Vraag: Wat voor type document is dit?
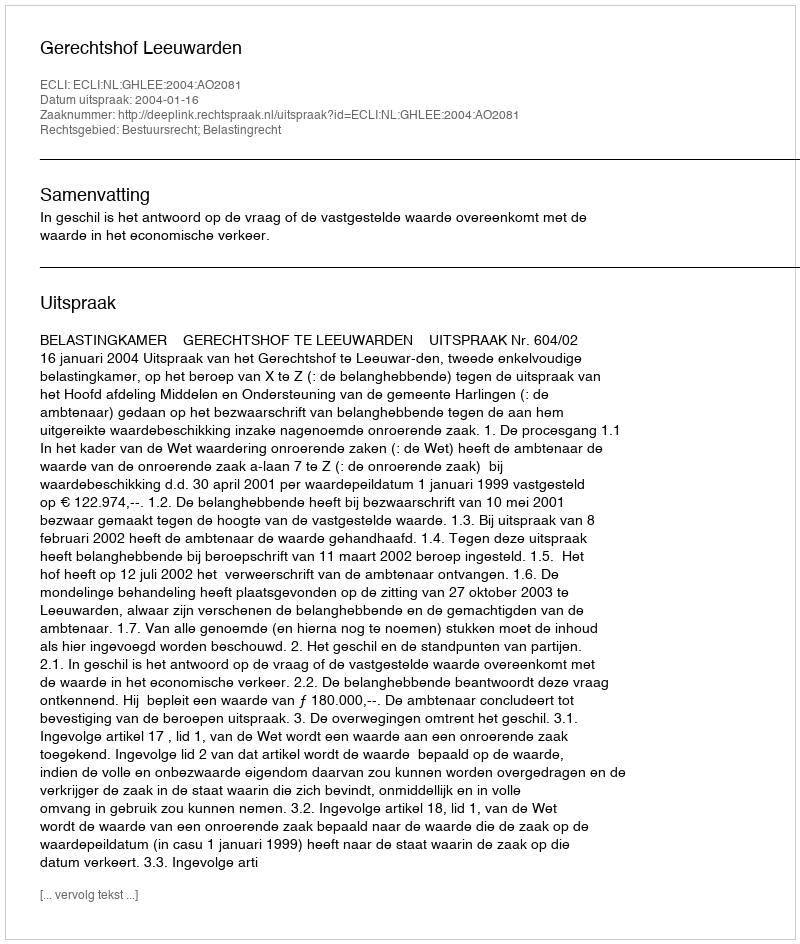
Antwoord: Uitspraak